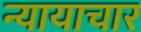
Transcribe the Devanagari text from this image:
न्यायाचार